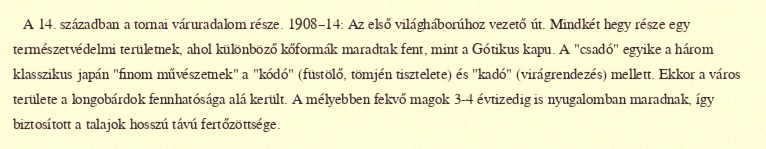
A 14. században a tornai váruradalom része. 1908–14: Az első világháborúhoz vezető út. Mindkét hegy része egy természetvédelmi területnek, ahol különböző kőformák maradtak fent, mint a Gótikus kapu. A "csadó" egyike a három klasszikus japán "finom művészetnek" a "kódó" (füstölő, tömjén tisztelete) és "kadó" (virágrendezés) mellett. Ekkor a város területe a longobárdok fennhatósága alá került. A mélyebben fekvő magok 3-4 évtizedig is nyugalomban maradnak, így biztosított a talajok hosszú távú fertőzöttsége.